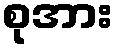
စုအား